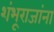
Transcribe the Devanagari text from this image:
शंभूराजांना